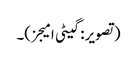
(تصویر: گیٹی امیجز)۔